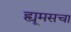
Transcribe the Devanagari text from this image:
ह्यूमसचा